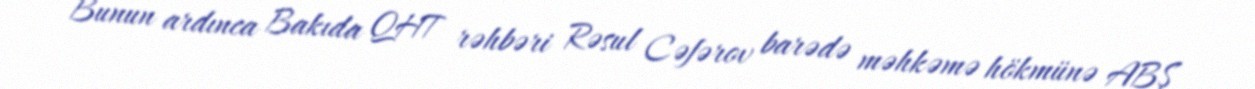
Bunun ardınca Bakıda QHT rəhbəri Rəsul Cəfərov barədə məhkəmə hökmünə ABŞ